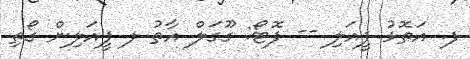
ފ. އަތޮޅު ފީއަލި -- ފޮޓޯ: ގޫގަލް އާތު ފ ފީއަލިން ގޯތި